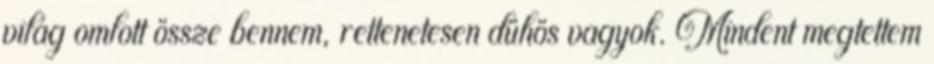
világ omlott össze bennem, rettenetesen dühös vagyok. Mindent megtettem